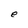
Character: e